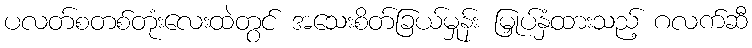
ပလတ်စတစ်တုံးလေးထဲတွင် အသေးစိတ်ခြယ်မှုန်း မြှုပ်နှံထားသည့် ဂလက်ဆီ